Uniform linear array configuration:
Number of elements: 24
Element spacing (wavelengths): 1
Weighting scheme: binomial
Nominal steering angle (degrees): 30
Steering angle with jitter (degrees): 29.806
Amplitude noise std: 0.05
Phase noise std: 0.05

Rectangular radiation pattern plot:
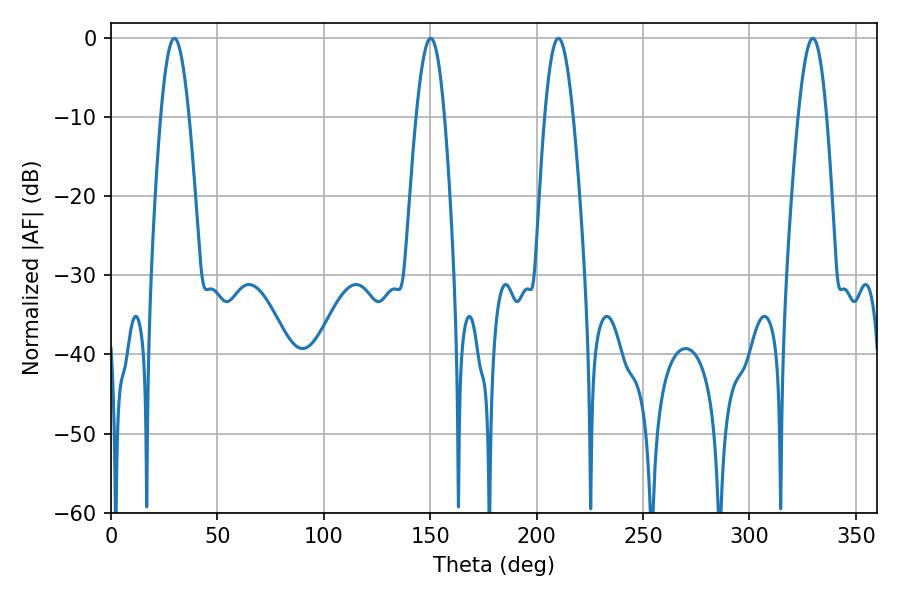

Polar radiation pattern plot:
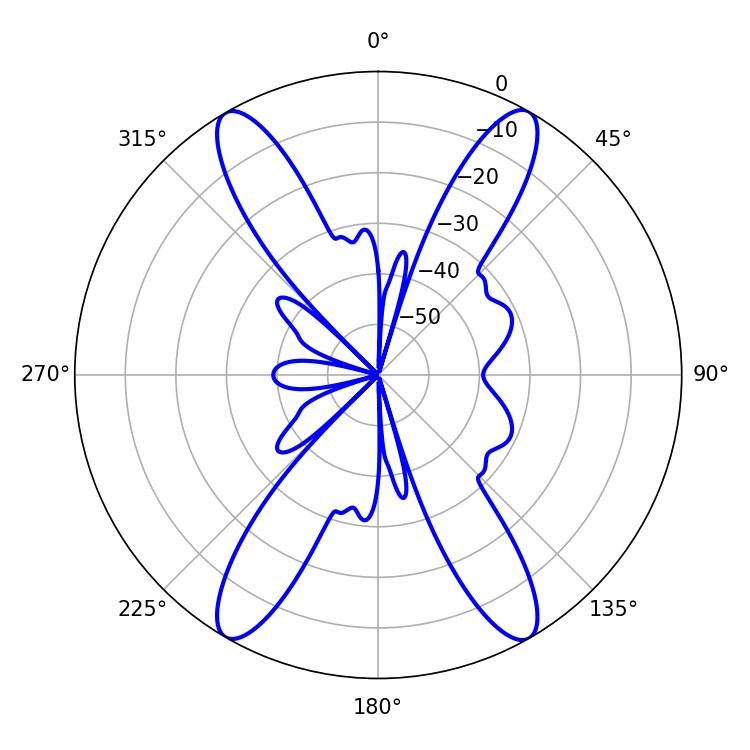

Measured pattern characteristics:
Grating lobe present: TRUE
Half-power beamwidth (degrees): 7.2
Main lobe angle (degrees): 210.24